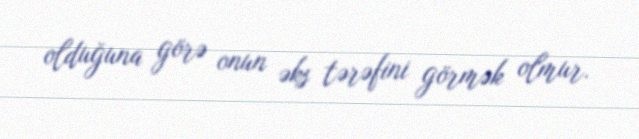
olduğuna görə onun əks tərəfini görmək olmur.